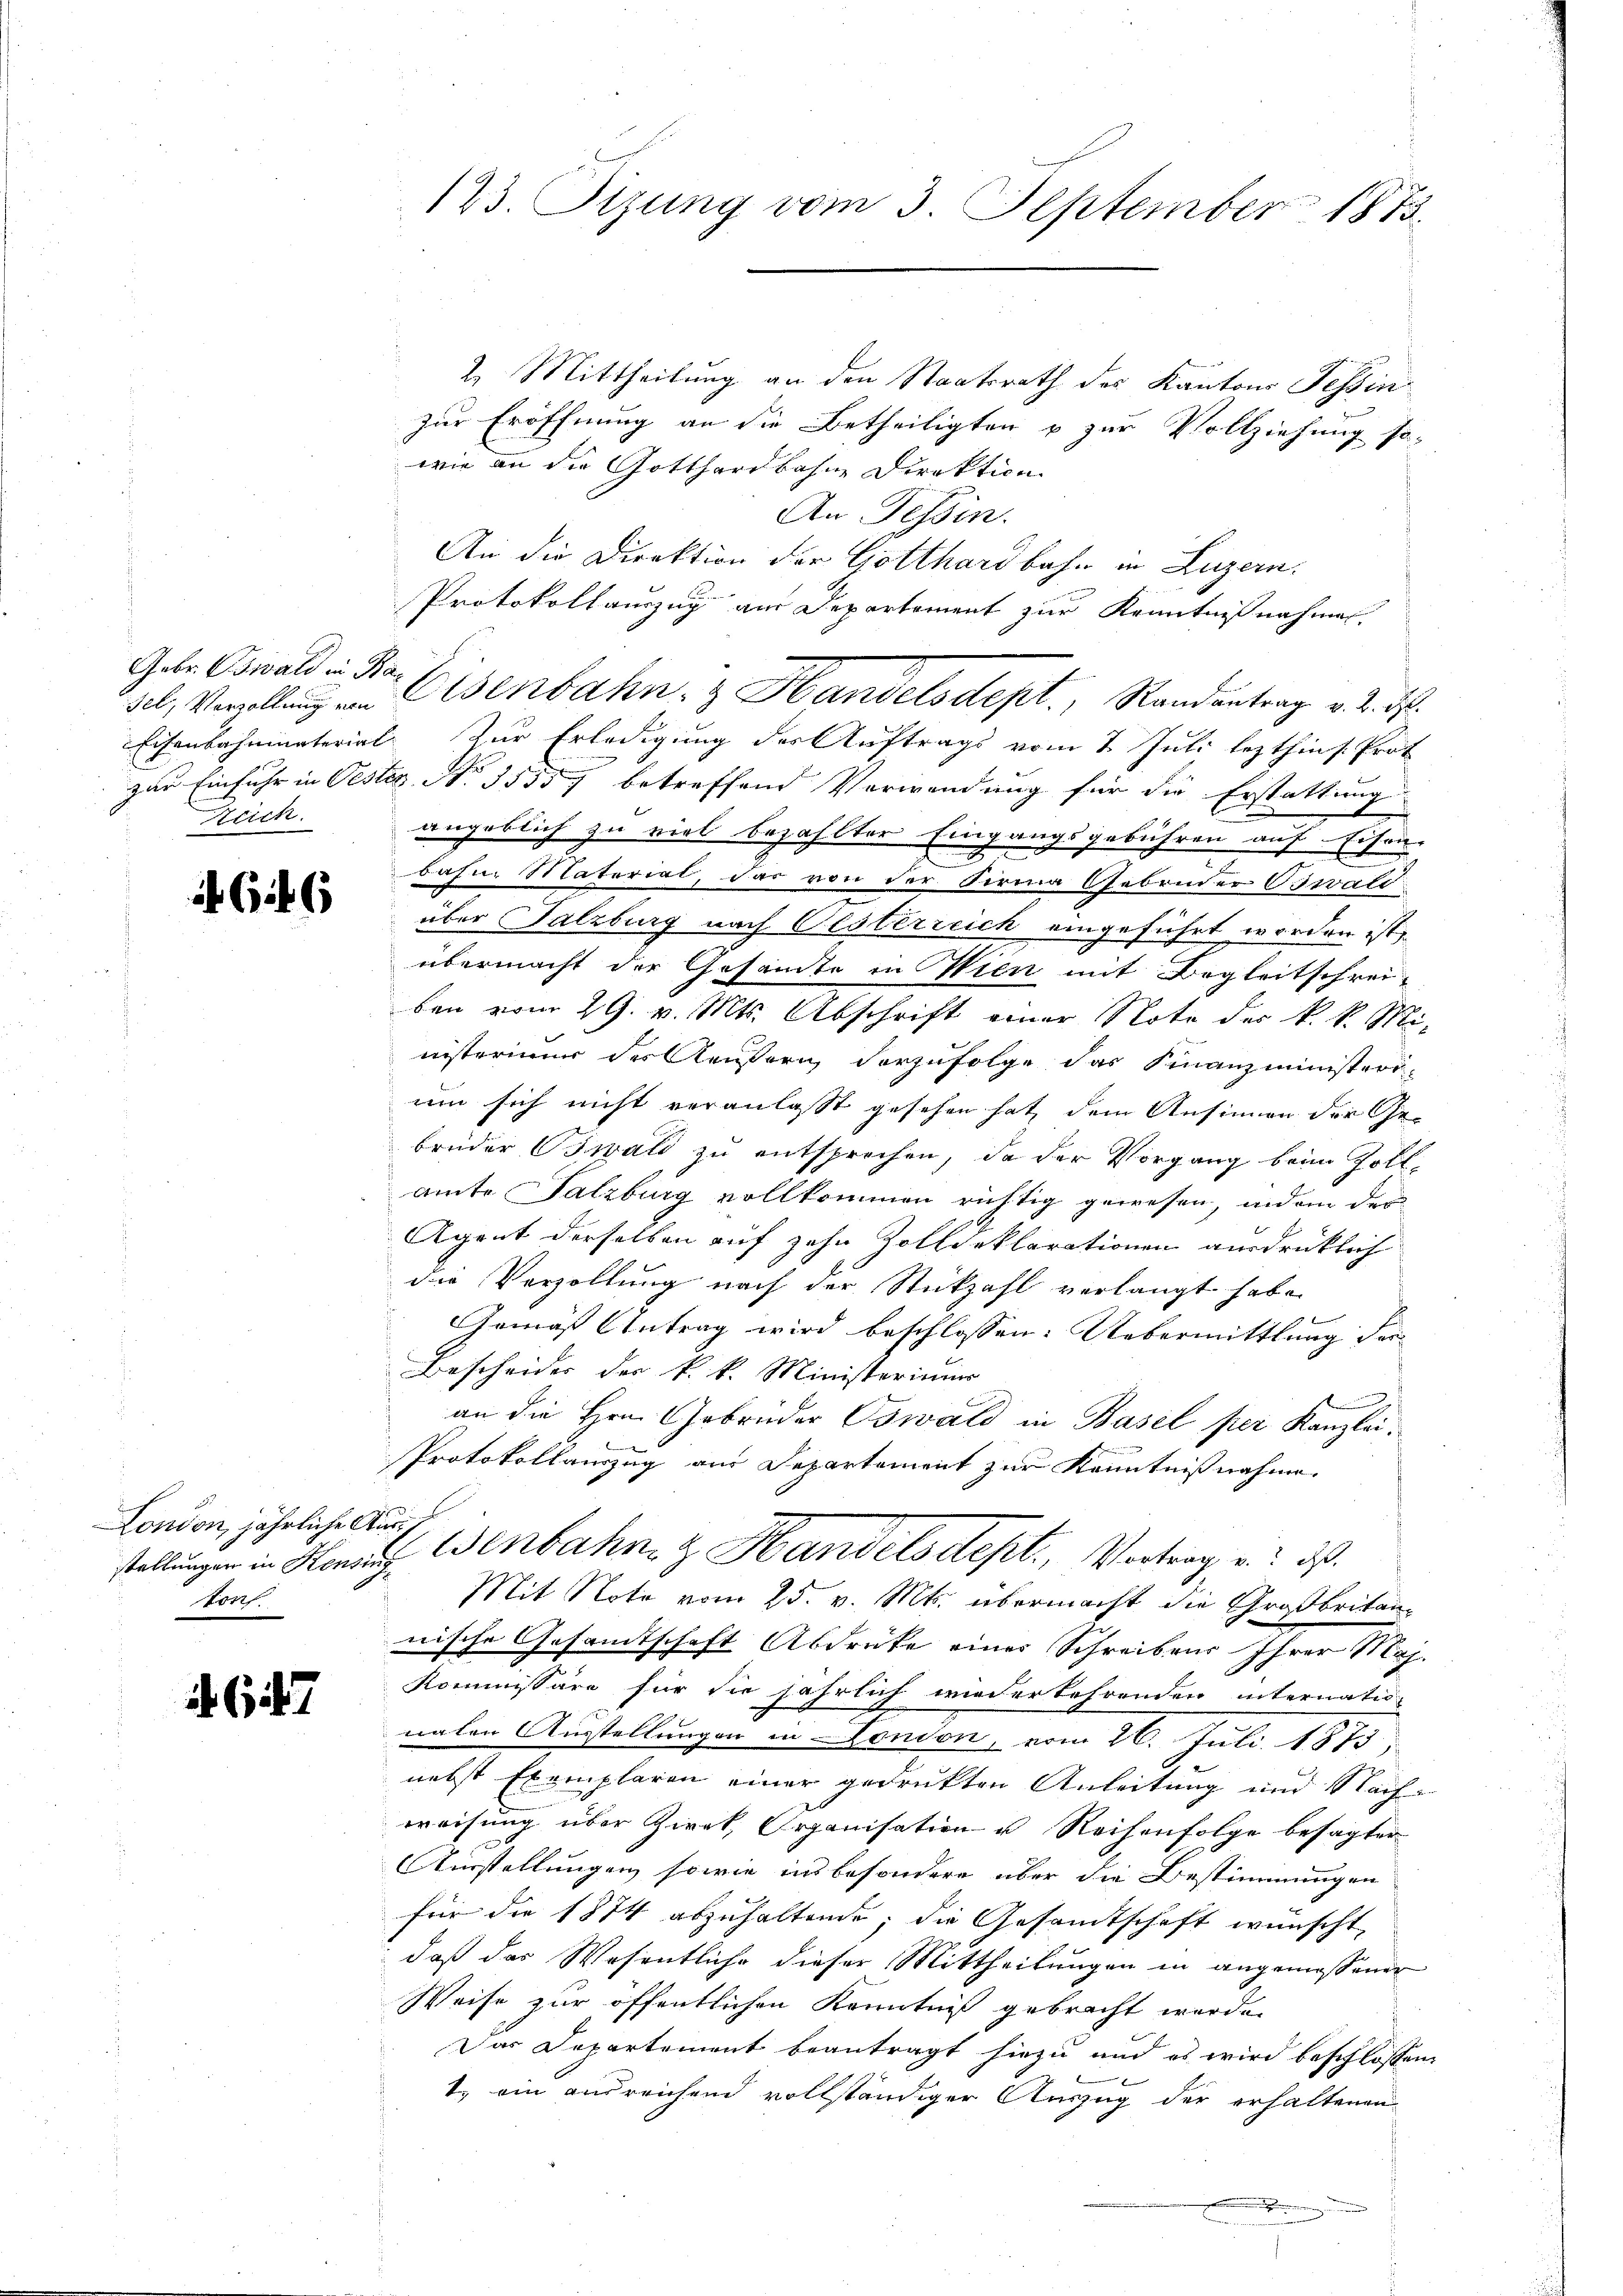
Gebr. Oswald in Ba¬
Reich

66

London, jährliche Auss
Porf.

647

2. Mittheilung an den Staatsrath des Kantons Tessin
zur Eröffnung an die Betheiligten u zur Vollziehung so-
wie an die Gotthardbahne Direktion
An Tessin.
An die Direktion der Gotthardbahn in Luzern.
Protokollauszug aus Departement zur Kenntnißnahmen.
Eisenbahnunterial. Zur Erledigung der Auftrags vom 2. Juli lezthin s. Prot
zur Einfuhr in Oester No. 35557 betreffend Verwendung für die Erstattung
angeblich zu viel bezahlter Eingangsgebühren auf Eisen-
bahn. Material, das von der Firma Gebrüder Oswald
über Salzburg nach Olsterreich eingeführt worden ist,
übermacht der Gesamte in Wien mit Begleitschreiben vom 29. v. Mts. Abschrift einer Note der k. k. Ministerimum der Aeußern vorzufolge das Finanzministerr
um sich nicht veranlasst gesehen hat dem Ansinnen der Gebrüder Oswald zu entsprechen, da der Vorgang beim Zoll-
amte Salzburg vollkommen richtig gewesen, indem der
Agent derselben auf zehn Zolldeklarationen ausdrücklich
die Verhaltung nach der Stückzahl verlangt habe.
Gemäß Antrag wird beschlossen: Uebermittlung der
Bescheides der k. k. Ministerimum
an die Hrn. Gebrüder Oswald in Basel per Kanzlei.
Protokollauszug aus Departement zur Kenntnißnahme
stellungen in Heraus. Wenbahn z. Handelsdept., Vortrag u. ds.
Mit Note vom 25. v. Mts. übermacht die Großbritannische Gesandtschaft Abdruke einer Schreibens Ihrer Maj
Kommissäre für die jährlich wiederkehrenden internatio
nalen Ausstellungen in London, vom 26. Juli 1875
nebst Exemplaren einer gedrukten Anleitung und Nach-
weisung über Zirck, Organisation u Reihenfolge besagter
Ausstellungen, sowie ins besondere über die Bestimmungen
für die 1874 abzuhaltende, die Gesandtschaft wünscht,
daß das Wesentliche dieser Mittheilungen in angemessener
Weise zur öffentlichen Kenntniß gebracht werden
Das Departement beantragt hiezu und es wird beschlossen
1. ein ausreichend vollständiger Auszug der erhaltenen
.

123. Sizung vom 3. September 1873.

sel. Verllŭng von Eisenbahn- & Handelsdept., Randantrag v. 2. d.